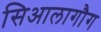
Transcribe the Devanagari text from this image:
सिआलागौग